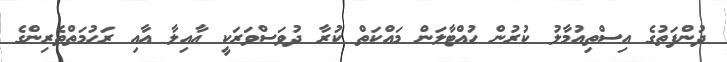
ދުންފަތުގެ އިސްތިއުމާލު ކުރުން ހުއްޓާލަން މަައްކަތް ކުރާ ދުވަސްވަރަކީ އާއިލާ އާއި ރަހުމަތްތެރިންގެ